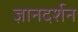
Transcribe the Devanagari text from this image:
ज्ञानदर्शन